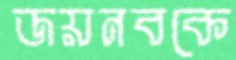
জয়নবকে